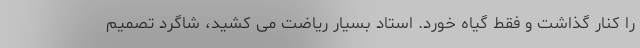
را کنار گذاشت و فقط گیاه خورد. استاد بسیار ریاضت می کشید، شاگرد تصمیم